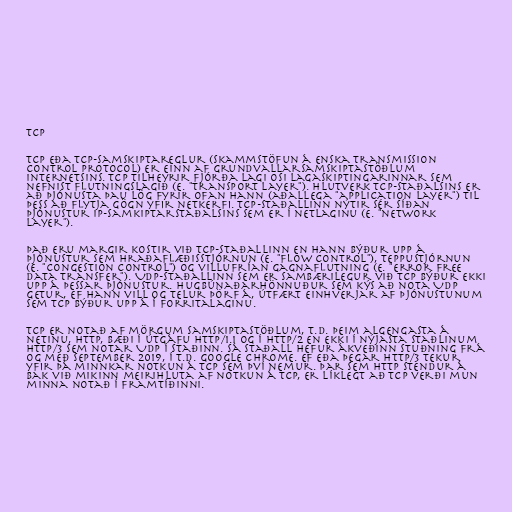
TCP

TCP eða TCP-samskiptareglur (skammstöfun á enska Transmission
Control Protocol) er einn af grundvallarsamskiptastöðlum
Internetsins. TCP tilheyrir fjórða lagi OSI lagaskiptingarinnar sem
nefnist flutningslagið (e. "transport layer"). Hlutverk TCP-staðalsins er
að þjónusta þau lög fyrir ofan hann (aðallega "application layer") til
þess að flytja gögn yfir netkerfi. TCP-staðallinn nýtir sér síðan
þjónustur IP-samkiptarstaðalsins sem er í netlaginu (e. "network
layer").

Það eru margir kostir við TCP-staðallinn en hann býður upp á
þjónustur sem hraðaflæðisstjórnun (e. "flow control"), teppustjórnun
(e. "congestion control") og villufrían gagnaflutning (e. "error free
data transfer"). UDP-staðallinn sem er sambærilegur við TCP býður ekki
upp á þessar þjónustur. Hugbúnaðarhönnuður sem kýs að nota UDP
getur, ef hann vill og telur þörf á, útfært einhverjar af þjónustunum
sem TCP býður upp á í forritalaginu.

TCP er notað af mörgum samskiptastöðlum, t.d. þeim algengasta á
netinu, HTTP, bæði í útgáfu HTTP/1.1 og í HTTP/2 en ekki í nýjasta staðlinum
HTTP/3 sem notar UDP í staðinn. Sá staðall hefur ákveðinn stuðning frá
og með september 2019, í t.d. Google Chrome. Ef eða þegar HTTP/3 tekur
yfir þá minnkar notkun á TCP sem því nemur. Þar sem HTTP stendur á
bak við mikinn meirihluta af notkun á TCP, er líklegt að TCP verði mun
minna notað í framtíðinni.